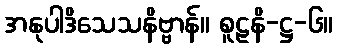
အနုပါဒိသေသနိဗ္ဗာန်။ စူဠနိ-ဋ္ဌ-၆။